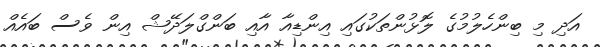
އަދި މި ބިންހެލުމުގެ ލޮޅުންތަކުގައި އިންޑިއާ އާއި ބަންގްލަދޭޝް އިން ވެސް ބައެއް